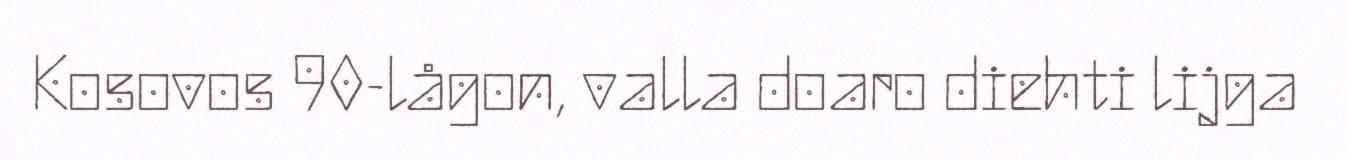
Kosovos 90-lågon, valla doaro diehti lijga